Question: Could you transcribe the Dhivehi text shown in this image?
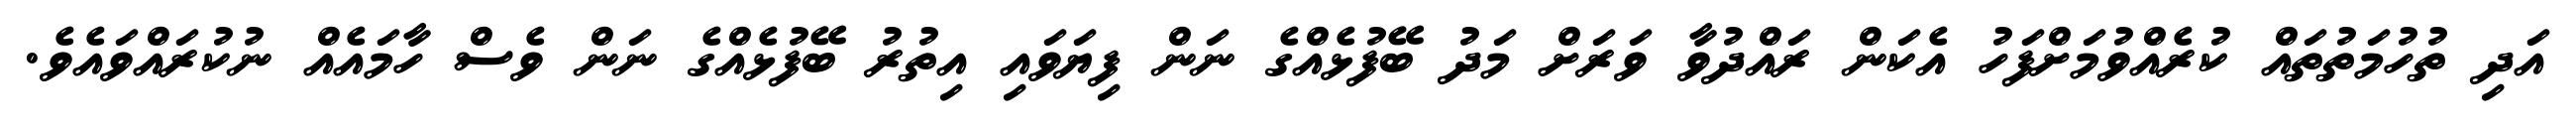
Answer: އަދި ތުހުމަތުތައް ކުރެއްވުމަށްފަހު އެކަން ރައްދުވާ ވަރަށް މަދު ބޭފުޅެއްގެ ނަން ފިޔަވައި އިތުރު ބޭފުޅެއްގެ ނަން ވެސް ހާމައެއް ނުކުރައްވައެވެ.